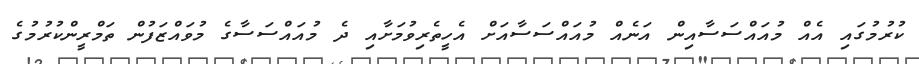
ކުރުމުގައި އެއް މުއައްސަސާއިން އަނެއް މުއައްސަސާއަށް އެހީތެރިވުމަށާއި ދެ މުއައްސަސާގެ މުވައްޒަފުން ތަމްރީންކުރުމުގެ